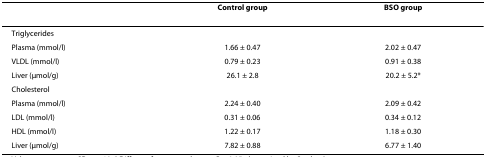
|  | Control group | BSO group |
 | --- | --- | --- |
 | Triglycerides |  |  |
 | Plasma (mmol/l) | 1.66 ± 0.47 | 2.02 ± 0.47 |
 | VLDL (mmol/l) | 0.79 ± 0.23 | 0.91 ± 0.38 |
 | Liver (μmol/g) | 26.1 ± 2.8 | 20.2 ± 5.2* |
 | Cholesterol |  |  |
 | Plasma (mmol/l) | 2.24 ± 0.40 | 2.09 ± 0.42 |
 | LDL (mmol/l) | 0.31 ± 0.06 | 0.34 ± 0.12 |
 | HDL (mmol/l) | 1.22 ± 0.17 | 1.18 ± 0.30 |
 | Liver (μmol/g) | 7.82 ± 0.88 | 6.77 ± 1.40 |